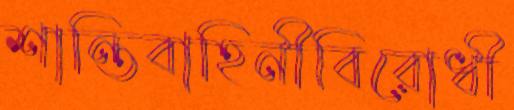
শান্তিবাহিনীবিরোধী